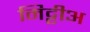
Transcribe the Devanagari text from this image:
मिट्टीअ